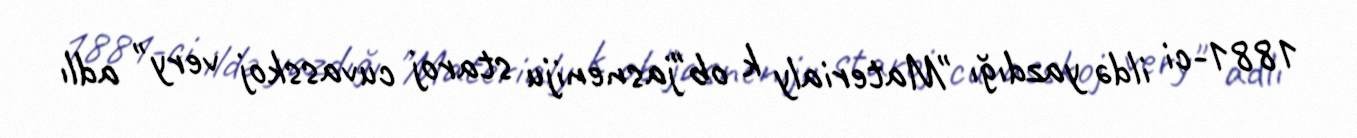
1881-ci ildə yazdığı "Materialy k ob"jasneniju staroj cuvasskoj very" adlı